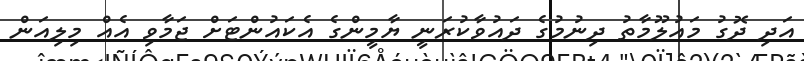
އަދި ދޮގު މައުލޫމާތު ދިނުމުގެ ދައުވާކުރަނީ ޔާމީންގެ އެކައުންޓަށް ޖަމާވި އެއް މިލިއަން